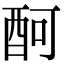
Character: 酠